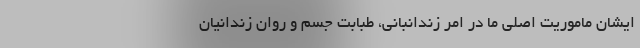
ایشان ماموریت اصلی ما در امر زندانبانی، طبابت جسم و روان زندانیان